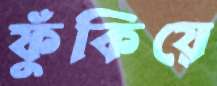
ফুঁকিয়ে